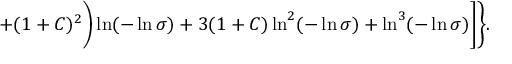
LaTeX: + ( 1 + C ) ^ { 2 } \biggr ) \ln ( - \ln \sigma ) + 3 ( 1 + C ) \ln ^ { 2 } ( - \ln \sigma ) + \ln ^ { 3 } ( - \ln \sigma ) \biggr ] \Biggr \} .